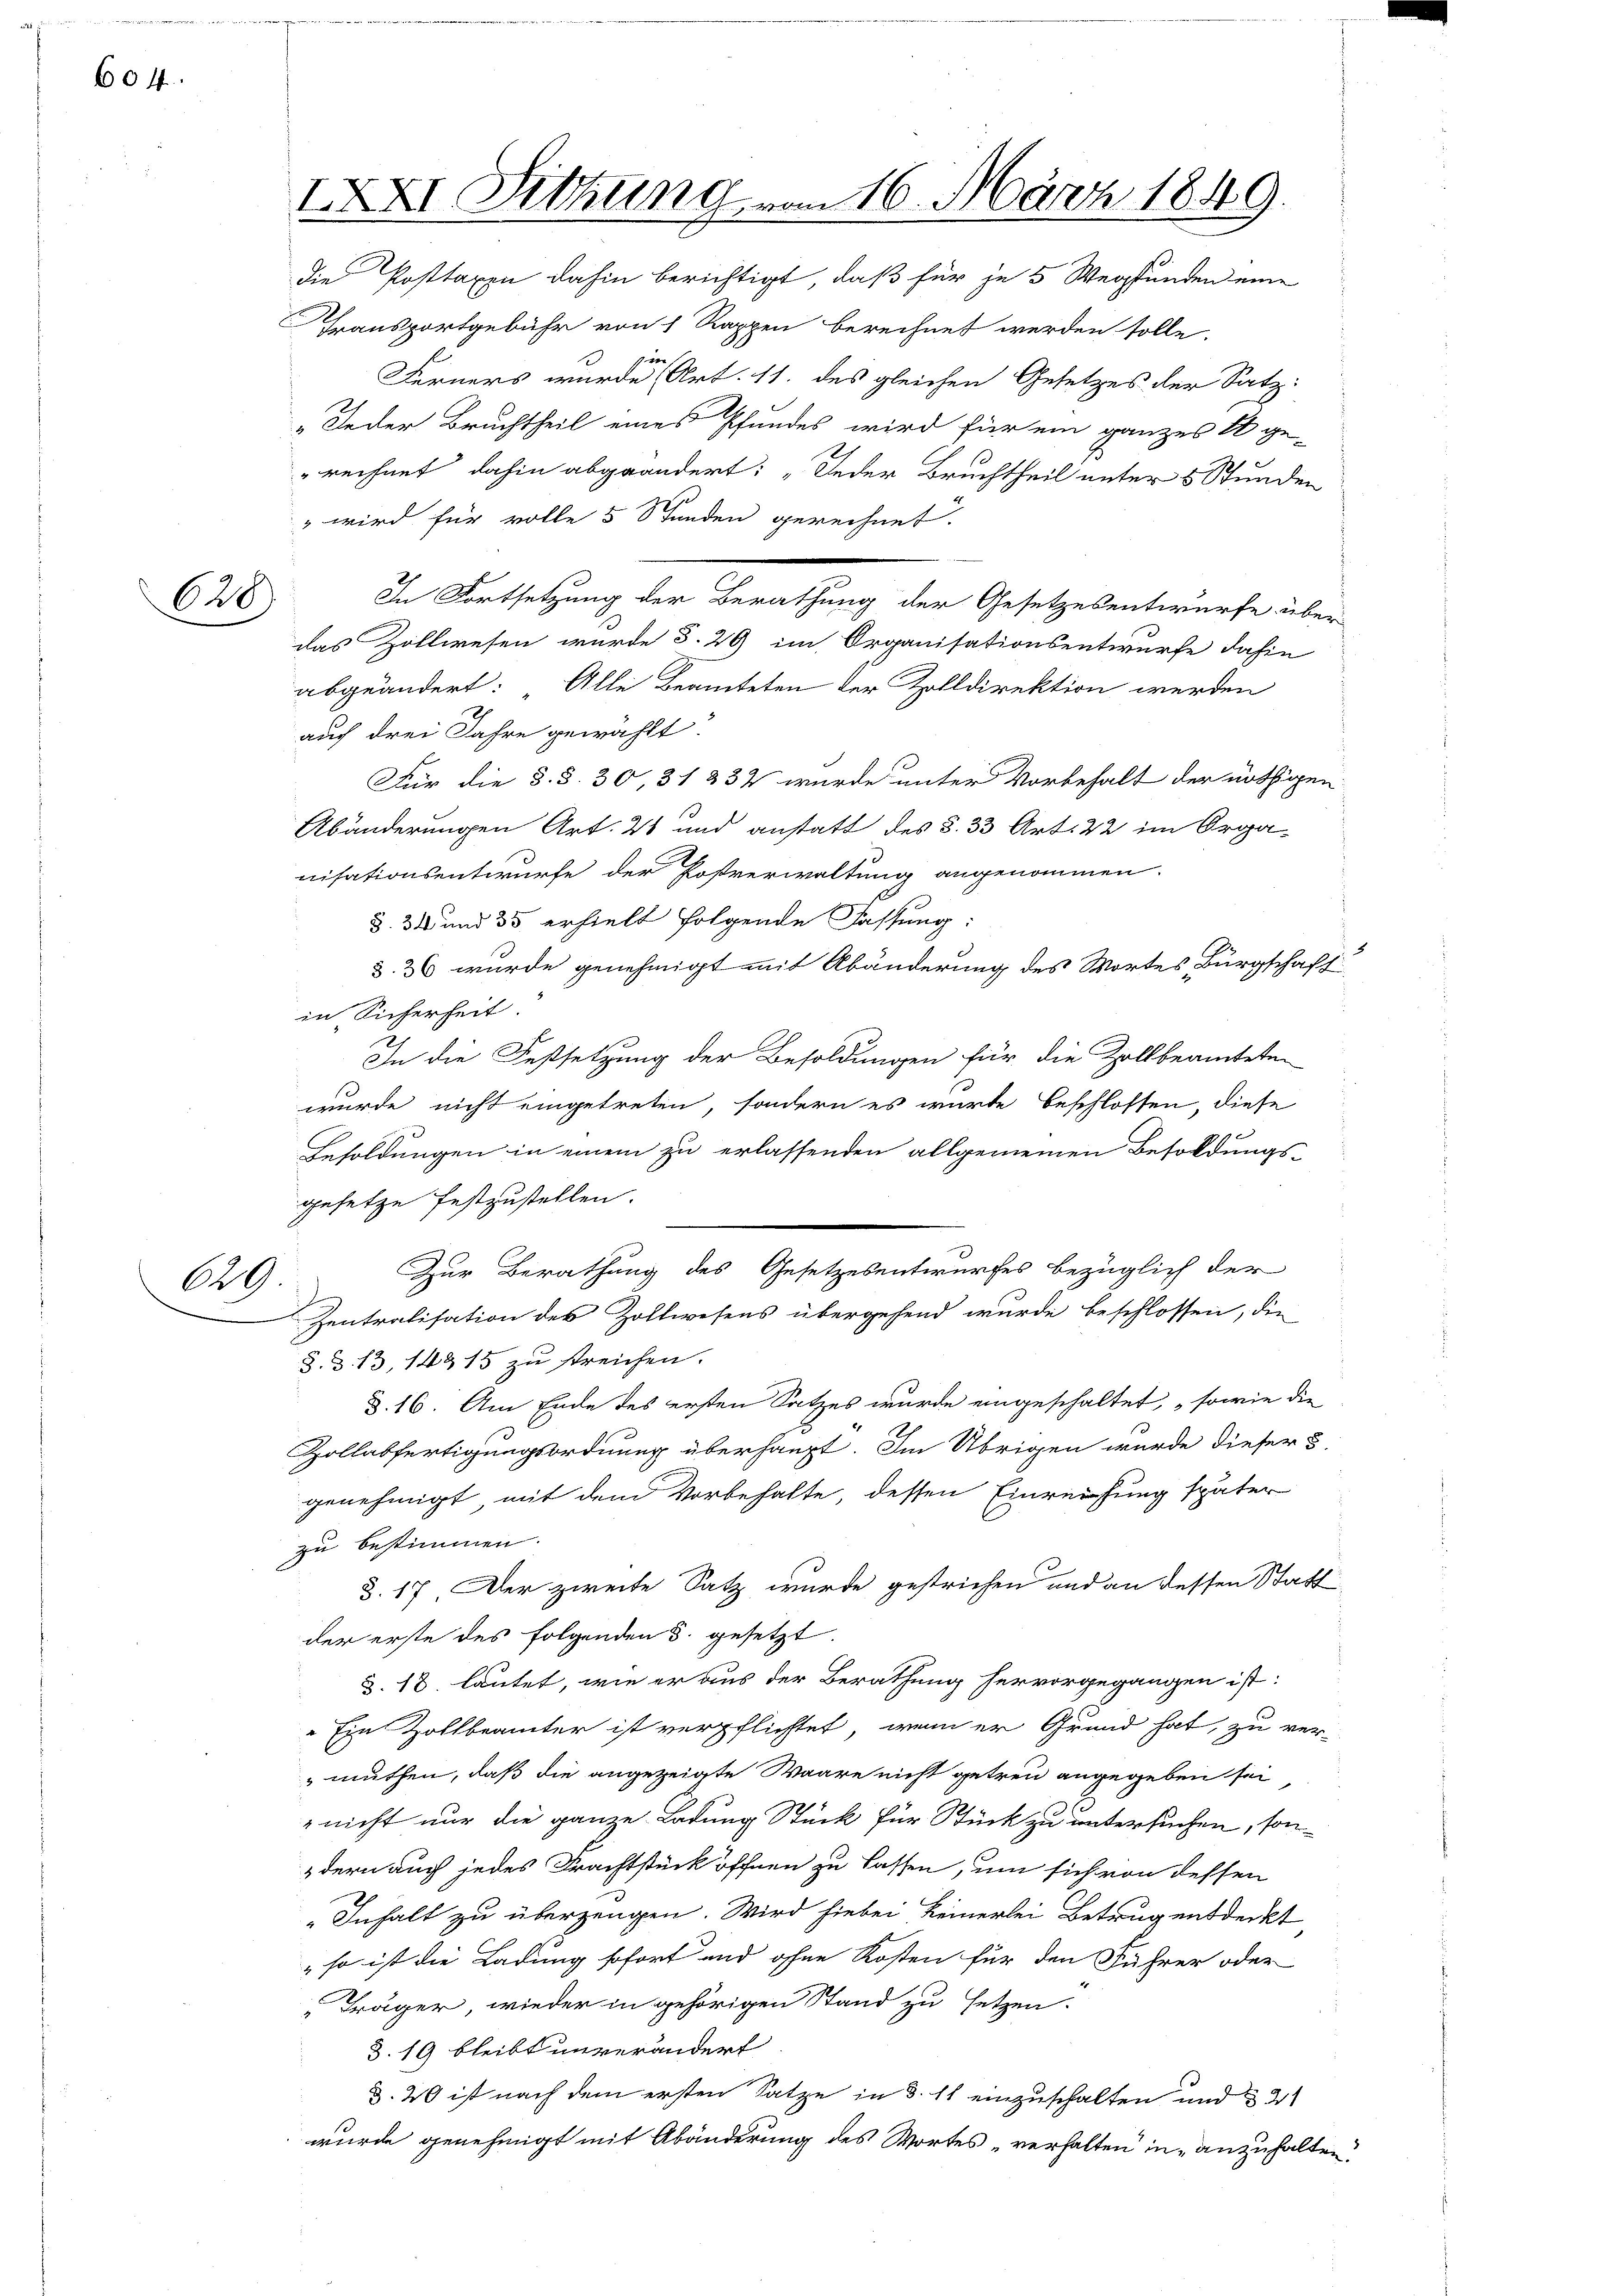
604.

628

Transportgebühr von 1 Rappen berechnet werden solle.
Ferners wurde Art. 11. des gleichen Gesetzes der Satz:
„Jeder Bruchtheil eines Pfundes wird für ein ganzes 2 ge-
„rechnet, dahin abgeändert: „Jeder Bruchtheil unter 5 Stunden
" wird für volle 5 Stunden gerechnet.
In Fortsetzung der Berathung der Gesetzesentwurfe über
das Zollwesen wurde §. 29 im Organisationsentwurfe dahin
abgeändert: Alle Beamteten der Zolldirektion werden
auf drei Jahre gewählt
Für die §. §. 30, 31 334 wurde unter Vorbehalt der nöthigen
Abänderungen Art. 21 und anstatt des §. 33 Art. 22 im Organisationsentwurfe der Postverwaltung angenommen.
§. 34 und 35 erhielt folgende Fassung:
§. 36 wurde genehmigt mit Abänderung des Wortes Bürgschaft
in Sicherheit.
In die Festsetzung der Besoldungen für die Zollbeamteten
wurde nicht eingetreten, sondern es würde beschlossen, diese
Besoldungen in einem zu erlassenden allgemeinen Besoldungs-
gesetze festzustellen.

Zur Berathung des Gesetzesentwurfes bezüglich der
629
Zentralisation des Zollwesens übergehend wurde beschlossen, die
§. 3. 13, 14315 zu streichen.
§. 16. Am Ende des ersten Satzes wurde eingeschaltet, sowie die
Zollabfertigungsordnung überhaupt. Im Übrigen wurde dieser S
genehmigt, mit dem Vorbehalte, dessen Einreichung später
zu bestimmen.
§. 17. Der zweite Satz wurde gestrichen und an dessen Statt
der erste des folgenden 3. gesetzt.
§. 18. lautet, wie er aus der Berathung hervorgegangen ist:
" Ein Zollbeamter ist verpflichtet, wenn er Grund hat, zu ver-
muthen, daß die angezeigte Waare nicht getreu angegeben sei
nicht nur die ganze Ladung Stück für Stück zu untersuchen, son-
dern auch jedes Frachtstück öffnen zu lassen, um sich von dessen
„Inhalt zu überzeugen. Wird hiebei keinerlei Betrug entdeckt
" so ist die Ladung sofort und ohne Kosten für den Führer oder
Träger, wieder in gehörigen Stand zu setzen.
§.19 bleibt unverändert
d. 20 ist nach dem ersten Satze in §. 11 einzuschalten und § 21
wurde genehmigt mit Abänderung des Wortes „verhalten in anzuhalten.

IXXI. Sitzung vom 16. März 1849.
die Posttaxen dahin berichtigt, daß für je 5 Wegstunden eine